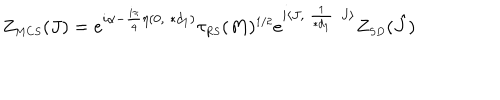
LaTeX: Z _ { \scriptscriptstyle M C S } ( J ) = e ^ { i \alpha - \frac { i \pi } { 4 } \eta ( 0 , \ast d _ { \scriptscriptstyle 1 } ) } \tau _ { \scriptscriptstyle R S } ( M ) ^ { \scriptscriptstyle 1 / 2 } e ^ { i \langle J , \frac { 1 } { \ast d _ { \scriptscriptstyle 1 } } J \rangle } Z _ { \scriptscriptstyle S D } ( \hat { J } )